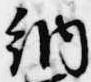
納